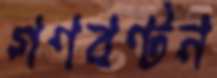
গণবণ্টন